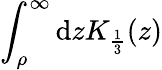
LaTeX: \int_{\rho}^{\infty}\mathrm{d}z{K}_{\frac{1}{3}}(z)